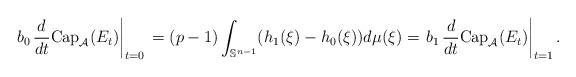
LaTeX: \begin{align*} \left. b_0 \, \frac{d}{dt} \mbox{Cap}_{\mathcal{A}}(E_t) \right|_{ t = 0 } \, = (p-1) \int_{\mathbb{S}^{n-1}} (h_1(\xi)-h_0(\xi)) d\mu(\xi) = \left. b_1 \, \frac{d}{dt} \mbox{Cap}_{\mathcal{A}}(E_t) \right|_{ t = 1 }.\end{align*}